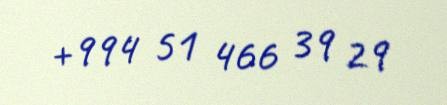
+994 51 466 39 29